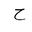
Letter: _ha